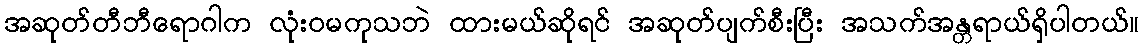
အဆုတ်တီဘီရောဂါက လုံးဝမကုသဘဲ ထားမယ်ဆိုရင် အဆုတ်ပျက်စီးပြီး အသက်အန္တရာယ်ရှိပါတယ်။